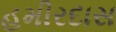
હમીરદાસ